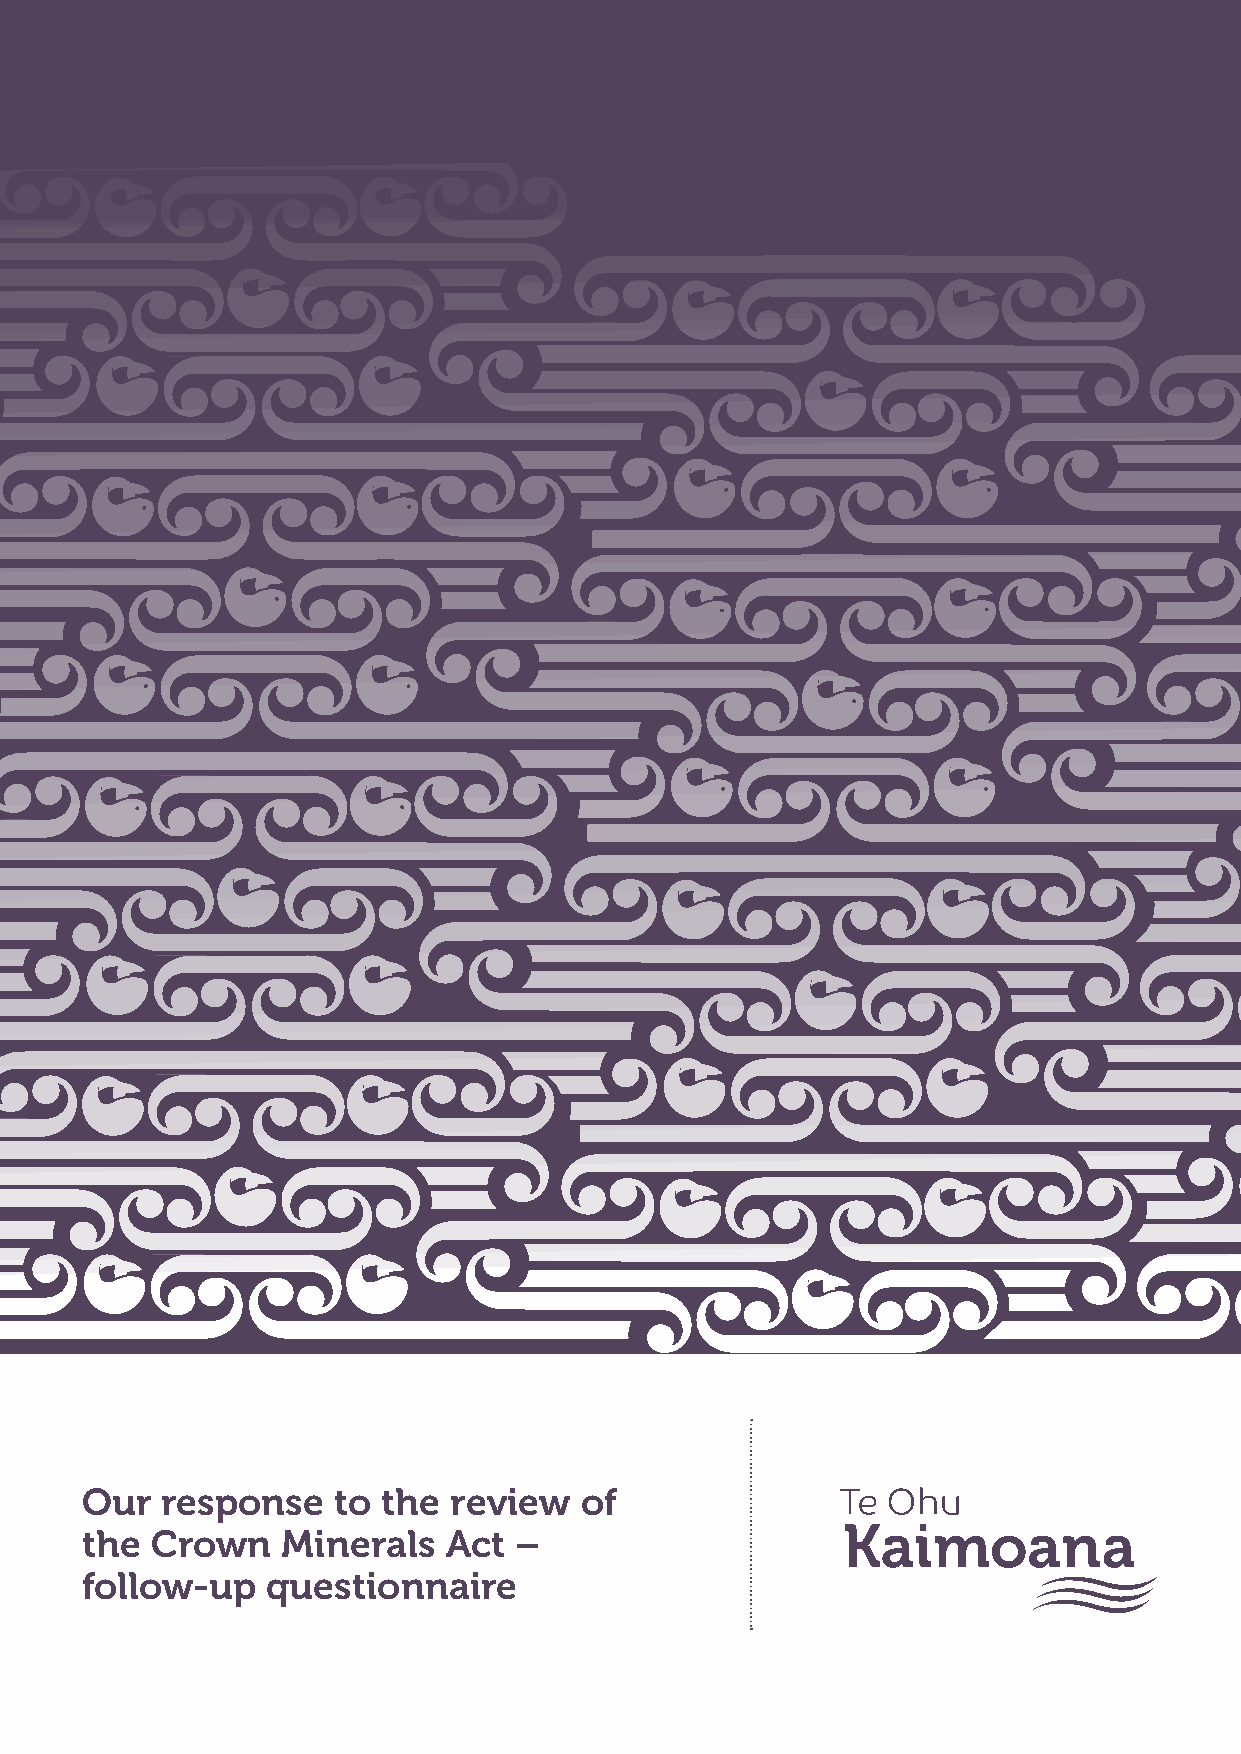
Our   response   to the  review  of
 the  Crown    Minerals  Act  –
 follow-up    questionnaire